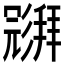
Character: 𱝧